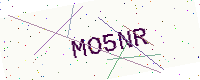
Text: MO5NR